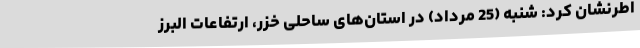
اطرنشان کرد: شنبه (25 مرداد) در استان‌های ساحلی خزر،‌ ارتفاعات البرز